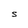
Character: S